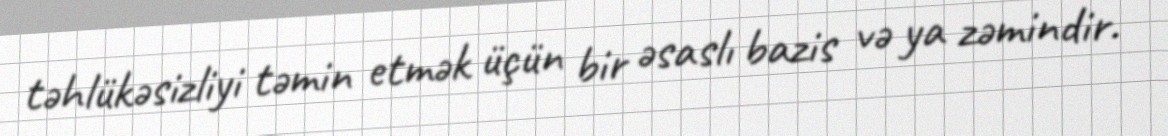
təhlükəsizliyi təmin etmək üçün bir əsaslı bazis və ya zəmindir.